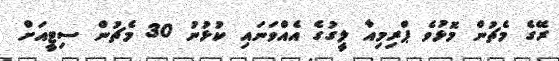
ރޭގެ މެޗުން މޮޅުވެ ޕްރިމިއާ ލީގުގެ އެއްވަނައި ކުޅުނު 30 މެޗުން ސިޓީއަށް